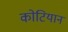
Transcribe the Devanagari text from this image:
कोटियान